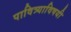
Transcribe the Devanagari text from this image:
पावित्र्याविषयी